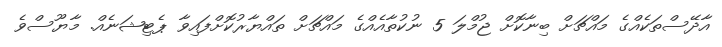
އާދޭސްތަކެއްގެ މައްޗަށް ބިނާކޮށް ޖުމްލަ 5 ނުކުތާއެއްގެ މައްޗަށް ތައްޔާރުކޮށްފައިވާ ޕެޓިޝަނެއް. މާޔޫސްވެ